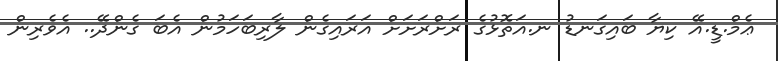
ޢެމް.ޑީ.އޭ ކިޔާ ބައިގަނޑު ނ.އަތޮޅުގެ ރަށްރަށަށް އަރައިގެން ލާރިބަހަމުން އެބަ ގެންދޭ.. އެވެރިން